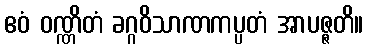
ဧဝံ ဝဏ္ဏိတံ ခဂ္ဂဝိသာဏကပ္ပတံ အာပဇ္ဇတိ။